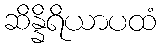
ဆိန္နိရိယာပထံ